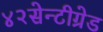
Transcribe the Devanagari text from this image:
४२सेन्टीग्रेड